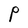
Character: P